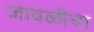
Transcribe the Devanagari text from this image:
जावळीचा